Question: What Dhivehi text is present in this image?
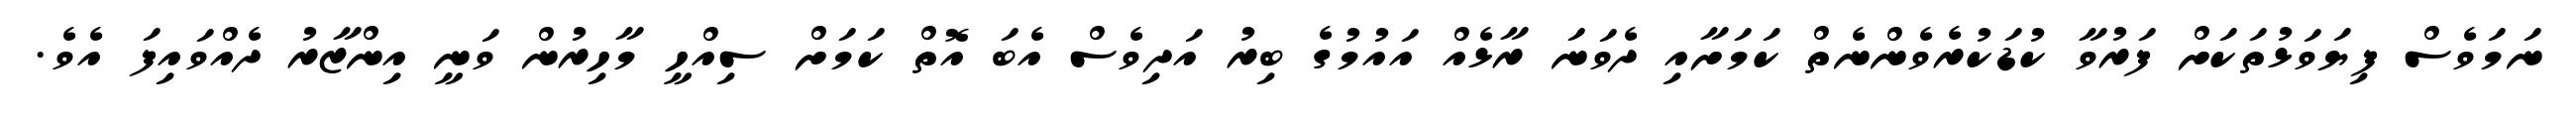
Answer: ނަމަވެސް ފިޔަވަޅުތަކަށް ފަރުވާ ކުޑަކުރެވެންނެތް ކަމަށާއި ދެވަނަ ރާޅެއް އައުމުގެ ބިރު އަދިވެސް އެބަ އޮތް ކަމަށް ސިއްހީ މާހިރުން ވަނީ އިންޒާރު ދެއްވައިފަ އެވެ.